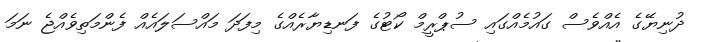
ދުނިޔޭގެ އެއްވެސް ގައުމެއްގައި ސުޕްރީމް ކޯޓުގެ ފަނޑިޔާރެއްގެ މިފަދަ މައްސަލައެއް ފެންމަތިވެއްޖެ ނަމަ